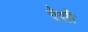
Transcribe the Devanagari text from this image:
ऐेसी